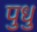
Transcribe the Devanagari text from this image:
पुधु